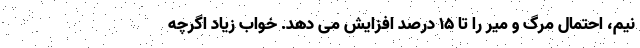
نیم، احتمال مرگ و میر را تا ۱۵ ‌درصد افزایش می ‌دهد. خواب زیاد اگرچه